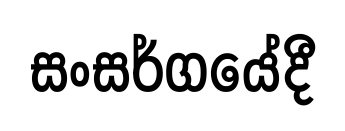
සංසර්ගයේදී